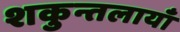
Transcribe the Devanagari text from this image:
शकुन्तलायाँ